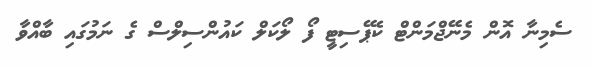
ސެމިނާ އޮން މެނޭޖްމަންޓް ކެޕޭސިޓީ ފޯ ލޯކަލް ކައުންސިލްސް ގެ ނަމުގައި ބާއްވާ